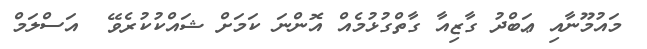
މައުމޫނާއި ޢަބްދު ގާޒިއާ ގާތްގުޅުމެއް އޮންނަ ކަމަށް ޝައްކުކުރެވޭ  އަސްލަމް